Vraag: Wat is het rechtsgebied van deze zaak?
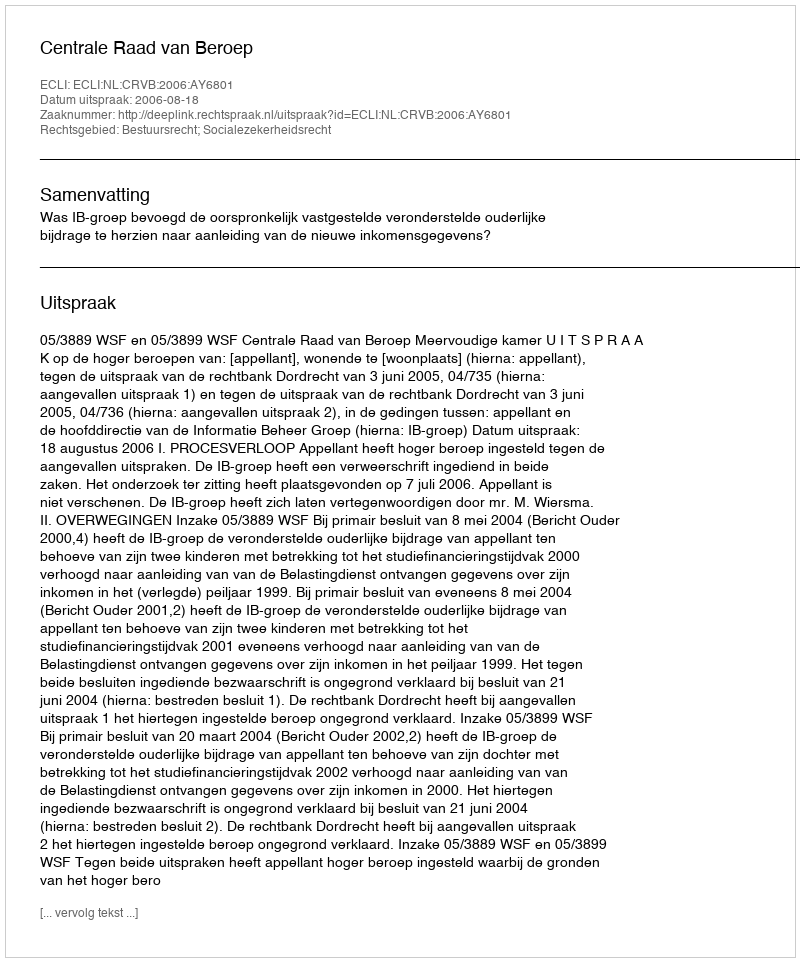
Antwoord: Bestuursrecht; Socialezekerheidsrecht